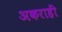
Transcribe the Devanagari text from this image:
अकराहीं